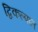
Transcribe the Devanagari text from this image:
द्विकल्पात